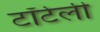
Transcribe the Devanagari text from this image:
टॉर्टेली